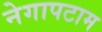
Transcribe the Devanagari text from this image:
नेगापटाम